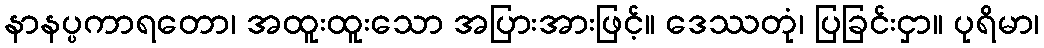
နာနပ္ပကာရတော၊ အထူးထူးသော အပြားအားဖြင့်။ ဒေဿတုံ၊ ပြခြင်းငှာ။ ပုရိမာ၊